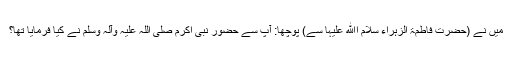
میں نے (حضرت فاطمۃ الزہراء سلام اﷲ علیہا سے) پوچھا: آپ سے حضور نبی اکرم صلی اللہ علیہ وآلہ وسلم نے کیا فرمایا تھا؟